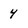
Character: 4